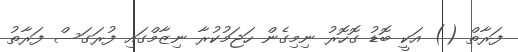
ފަރާތް () އަކީ ބޮޑު ގޮހޮރު ނިމިގެން ހަޖަމުކުރާ ނިޒާމްގައި ފުރަގަސް ފަރާތު